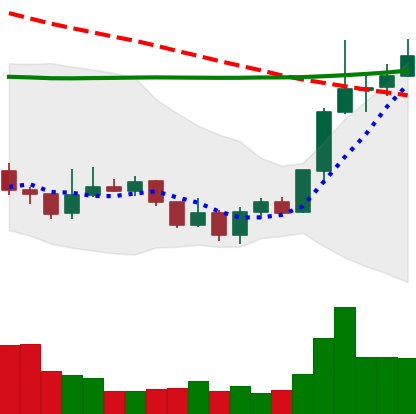
Ticker: LINK-USD
Chart end date: 2020-01-11
Forward return: 8.813%
Label: up_7plus